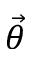
\vec { \theta }